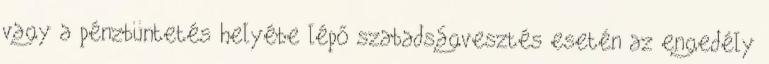
vagy a pénzbüntetés helyébe lépő szabadságvesztés esetén az engedély